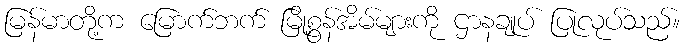
မြန်မာတို့က မြောက်ဘက် မြို့စွန်အိမ်များကို ဌာနချုပ် ပြုလုပ်သည်။